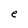
Character: e